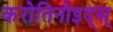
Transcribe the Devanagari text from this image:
करोतिनोइद्स्